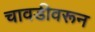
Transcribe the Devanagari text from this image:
चावडीवरून